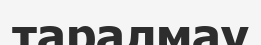
таралмау